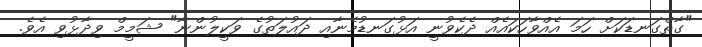
"ގާތްގަނޑަކަށް ހަމަ އެއްވާހަކައެއް ދެކެވުނީ އަޅުގަނޑުމެނާއި ދައުލަތުގެ ވަކީލުންނާ" ޝަމީމް ވިދާޅުވި އެވެ.